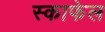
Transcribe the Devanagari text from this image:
स्काफेल